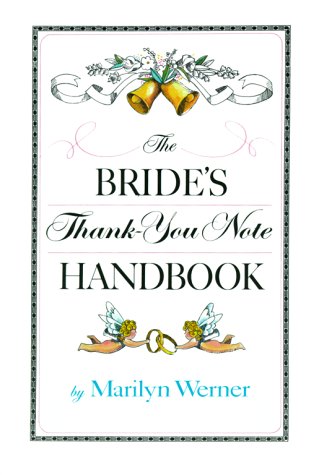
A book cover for The Bride's Thank-You Note Handbook; Marilyn Werner; Crafts, Hobbies & Home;